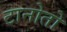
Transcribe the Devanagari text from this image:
टानोतो